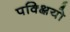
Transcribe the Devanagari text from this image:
पक्क्षियो